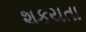
શકયતા